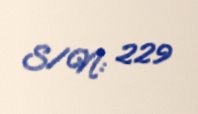
S/N: 229